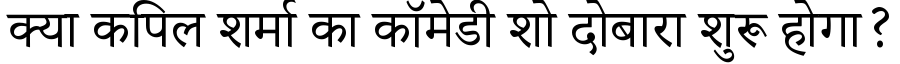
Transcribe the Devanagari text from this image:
क्या कपिल शर्मा का कॉमेडी शो दोबारा शुरू होगा?